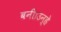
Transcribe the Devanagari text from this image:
बनी।उन्हे